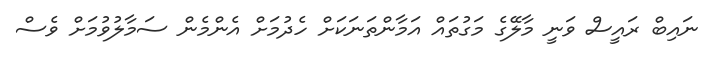
ނައިބް ރައީސް ވަނީ މާލޭގެ މަގުތައް އަމާންތަނަކަށް ހެދުމަށް އެންމެން ސަމާލުވުމަށް ވެސް